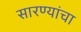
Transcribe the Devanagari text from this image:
सारण्यांचा